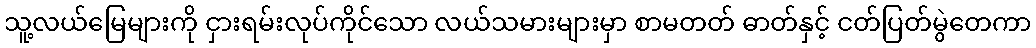
သူ့လယ်မြေများကို ငှားရမ်းလုပ်ကိုင်သော လယ်သမားများမှာ စာမတတ် ဓာတ်နှင့် ငတ်ပြတ်မွဲတေကာ